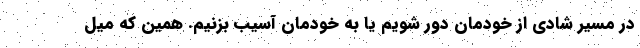
در مسیر شادی از خودمان دور شویم یا به خودمان آسیب بزنیم. همین که میل